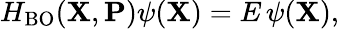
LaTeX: H_{\mathrm{BO}}({\mathbf{X}},{\mathbf{P}})\psi({\mathbf{X}})=E\, \psi({\mathbf{X}}),